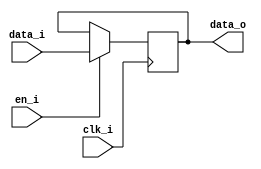
module bsg_dff_en_width_p64
(
  clk_i,
  data_i,
  en_i,
  data_o
);

  input [63:0] data_i;
  output [63:0] data_o;
  input clk_i;
  input en_i;
  reg [63:0] data_o;

  always @(posedge clk_i) begin
    if(en_i) begin
      { data_o[63:0] } <= { data_i[63:0] };
    end
  end


endmodule